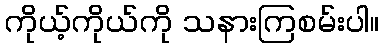
ကိုယ့်ကိုယ်ကို သနားကြစမ်းပါ။